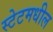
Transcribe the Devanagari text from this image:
स्टेटमधील